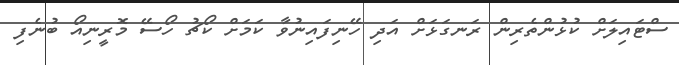
ސްޓައިލަށް ކުޅުންތެރިން ރަނގަޅަށް އަދި ހޭނިފައިނުވާ ކަމަށް ކޯޗު ހޯސޭ މޮރީނިއޯ ބުނެފި